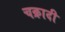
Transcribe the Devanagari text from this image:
चक्रादी